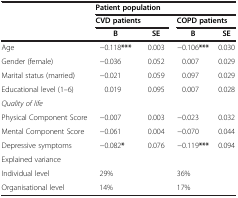
<table><thead><tr><td><b> </b></td><td colspan="4"><b>Patient population</b></td></tr><tr><td><b> </b></td><td colspan="2"><b>CVD patients</b></td><td colspan="2"><b>COPD patients</b></td></tr><tr><td><b> </b></td><td><b>B</b></td><td><b>SE</b></td><td><b>B</b></td><td><b>SE</b></td></tr></thead><tbody><tr><td>Age</td><td>−0.118<b>***</b></td><td>0.003</td><td>−0.106<b>***</b></td><td>0.030</td></tr><tr><td>Gender (female)</td><td>−0.036</td><td>0.052</td><td>0.007</td><td>0.029</td></tr><tr><td>Marital status (married)</td><td>−0.021</td><td>0.059</td><td>0.097</td><td>0.029</td></tr><tr><td>Educational level (1–6)</td><td>0.019</td><td>0.095</td><td>0.007</td><td>0.028</td></tr><tr><td><i>Quality of life</i></td><td> </td><td> </td><td> </td><td> </td></tr><tr><td>Physical Component Score</td><td>−0.007</td><td>0.003</td><td>−0.023</td><td>0.032</td></tr><tr><td>Mental Component Score</td><td>−0.061</td><td>0.004</td><td>−0.070</td><td>0.044</td></tr><tr><td>Depressive symptoms</td><td>−0.082<b>*</b></td><td>0.076</td><td>−0.119<b>***</b></td><td>0.094</td></tr><tr><td>Explained variance</td><td> </td><td> </td><td> </td><td> </td></tr><tr><td>Individual level</td><td>29%</td><td> </td><td>36%</td><td> </td></tr><tr><td>Organisational level</td><td>14%</td><td> </td><td>17%</td><td> </td></tr></tbody></table>